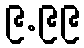
၉.၉၉